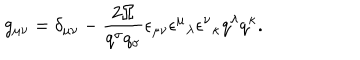
g _ { \mu \nu } = \delta _ { \mu \nu } - \frac { 2 \Omega } { q ^ { \sigma } q _ { \sigma } } \epsilon _ { \mu \nu } \epsilon ^ { \mu } { } _ { \lambda } \epsilon ^ { \nu } { } _ { \kappa } q ^ { \lambda } q ^ { \kappa } .